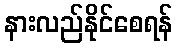
နားလည်နိုင်စေရန်